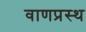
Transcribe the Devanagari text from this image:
वाणप्रस्थ